Bulletin of the Pasteur Institute of Southern India, Coonoor - No. 3.
Year: 1910
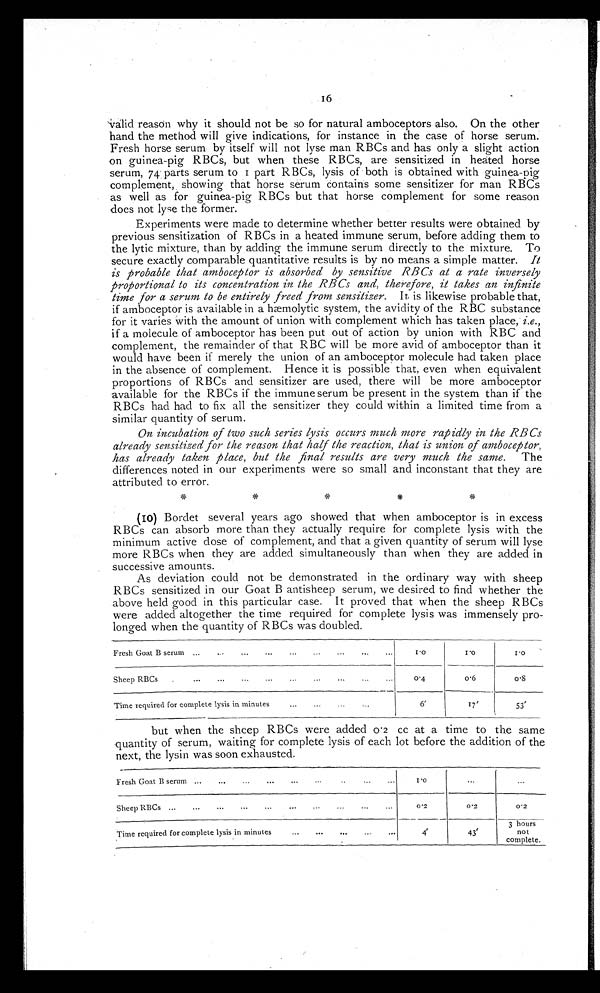
1 6
v a l i d r e a s o n w h y i t s h o u l d n o t b e s o f o r n a t u r a l a m b o c e p t o r s a l s o . O n t h e o t h e r
hand the method will give indications, for instance in the case of horse serum.
Fresh horse serum by itself will not lyse man RBCs and has only a slight action
on guinea-pig RBCs, but when these RBCs, are sensitized in heated horse
serum, 74 parts serum to i part RBCs, lysis of both is obtained with guinea-pig
complement, showing that horse serum contains some sensitizer for man RBCs
as well as for guinea-pig RBCs but that horse complement for some reason
does not lyse the former.
Experiments were made to determine whether better results were obtained by
previous sensitization of RBCs in a heated immune serum, before adding them to
the lytic mixture, than by adding the immune serum directly to the mixture. To
secure exactly comparable quantitative results is by no means a simple matter. It
is probable that amboceptor is absorbed by sensitive RBCs at a rate inversely
proportional to its concentration in the RBCs and, therefore, it takes an infinite
time for a serum to be entirely freed from sensitizer. It is likewise probable that,
if amboceptor is available in a hæmolytic system, the avidity of the RBC substance
for it varies with the amount of union with complement which has taken place, i.e. ,
if a molecule of amboceptor has been put out of action by union with RBC and
complement, the remainder of that RBC will be more avid of amboceptor than it
would have been if merely the union of an amboceptor molecule had taken place
in the absence of complement. Hence it is possible that, even when equivalent
proportions of RBCs and sensitizer are used, there will be more amboceptor
available for the RBCs if the immune serum be present in the system than if the
RBCs had had to fix all the sensitizer they could within a limited time from a
similar quantity of serum.
On incubation of two such series lysis occurs much more rapidly in the RBCs
already sensitized for the reason that half the reaction, that is union of amboceptor,
has already taken place, but the final results are very much the same. The
differences noted in our experiments were so small and inconstant that they are
attributed to error.
(10) Bordet several years ago showed that when amboceptor is in excess
RBCs can absorb more than they actually require for complete lysis with the
minimum active dose of complement, and that a given quantity of serum will lyse
more RBCs when they are added simultaneously than when they are added in
successive amounts.
As deviation could not be demonstrated in the ordinary way with sheep
RBCs sensitized in our Goat B antisheep serum, we desired to find whether the
above held good in this particular case. It proved that when the sheep RBCs
were added altogether the time required for complete lysis was immensely
pro-longed when the quantity of RBCs was doubled.
FreshGoat B serum ...
...
...
. . .
. . .
. . .
. . .
. . .
...
1. 0
1 .0
1. 0
Sheep RBCs
. . . .
. . .
—
. . .
. . .
. . .
. . .
0. 4
o.6
0.8
Time required for complete lysis in minutes
. . .
6'
17'
53'
but when the sheep RBCs were added 0.2 cc at a time to the same
quantity of serum, waiting for complete lysis of each lot before the addition of the
next, the lysin was soon exhausted.
Fresh Goat B serum ......
...
...
..
...
1 .0
. . .
0 ' 2
Sheep RBCs ...
...
..
. -
. . .
0 '2
__
0 ' 2
Time required for complete lysis in minutes
. . .
... ...
...
4'
43'
3 hours
not
complete.